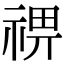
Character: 𥚈